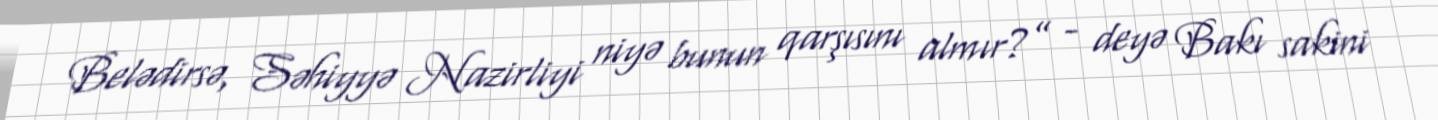
Belədirsə, Səhiyyə Nazirliyi niyə bunun qarşısını almır?” - deyə Bakı sakini